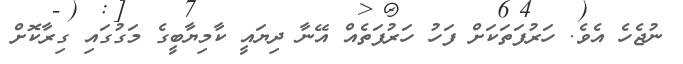
ނުޖެހެ އެވެ. ހަރުފަތަކަށް ފަހު ހަރުފަތެއް އޭނާ ދިޔައީ ކާމިޔާބީގެ މަގުގައި ގިރާކޮށް